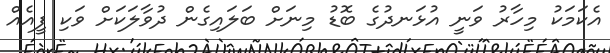
އެކަމަކު މިހާރު ވަނީ އުޅަނދުގެ ބޮޑު މިނަށް ބަލައިގެން ދުވާލަކަށް ވަކި ފީއެއް